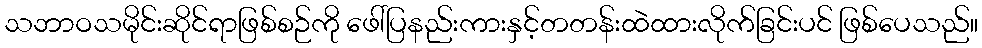
သဘာဝသမိုင်းဆိုင်ရာဖြစ်စဉ်ကို ဖေါ်ပြနည်းကားနှင့်တတန်းထဲထားလိုက်ခြင်းပင် ဖြစ်ပေသည်။